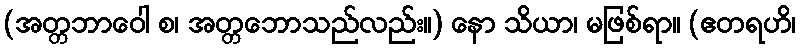
(အတ္တဘာဝေါ စ၊ အတ္တဘောသည်လည်း။) နော သိယာ၊ မဖြစ်ရာ။ (ဧတရဟိ၊